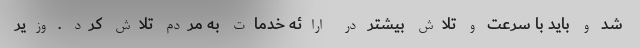
شد و باید با سرعت و تلاش بیشتر در ارائه خدمات به مردم تلاش کرد . وزیر